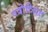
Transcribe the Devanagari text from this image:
पदोच्यित